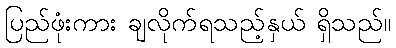
ပြည်ဖုံးကား ချလိုက်ရသည့်နှယ် ရှိသည်။